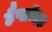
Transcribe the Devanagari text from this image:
हैप्लॉएड